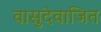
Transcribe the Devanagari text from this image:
वासुदेवाजित